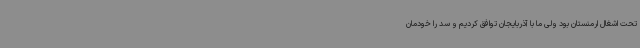
تحت اشغال ارمنستان بود ولی ما با آذربایجان توافق کردیم و سد را خودمان